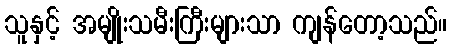
သူနှင့် အမျိုးသမီးကြီးများသာ ကျန်တော့သည်။